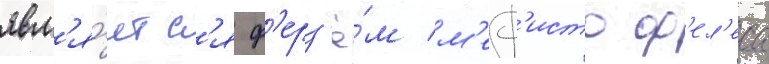
явл'я́етс'я ф'ерз'ё́м м'еф'исто ф'ел'еса